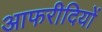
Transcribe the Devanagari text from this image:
आफरीदियों